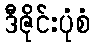
ဒီဇိုင်းပုံစံ